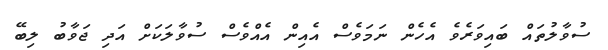
ސުވާލުތައް ބައިވަރެވެ އެހެން ނަމަވެސް އެއިން އެއްވެސް ސުވާލަކަށް އަދި ޖަވާބު ލިބޭ